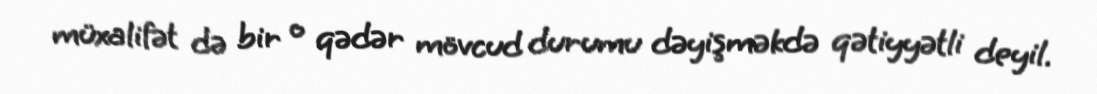
müxalifət də bir o qədər mövcud durumu dəyişməkdə qətiyyətli deyil.